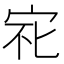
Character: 𱚆